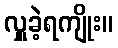
လှူခဲ့ရကျိုး။